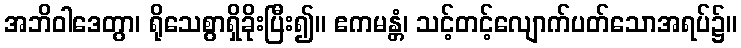
အဘိဝါဒေတွာ၊ ရိုသေစွာရှိခိုးပြီး၍။ ဧကမန္တံ၊ သင့်တင့်လျောက်ပတ်သောအရပ်၌။